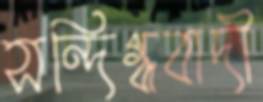
সন্দিগ্ধবাদী